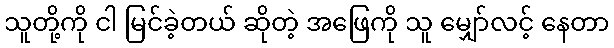
သူတို့ကို ငါ မြင်ခဲ့တယ် ဆိုတဲ့ အဖြေကို သူ မျှော်လင့် နေတာ